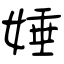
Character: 娷